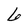
Character: 6